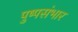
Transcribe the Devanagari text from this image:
पुष्पसंभार